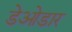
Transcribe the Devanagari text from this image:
डेओडार